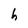
Character: h